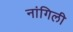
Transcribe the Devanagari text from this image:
नांगिली